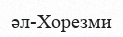
әл-Хорезми